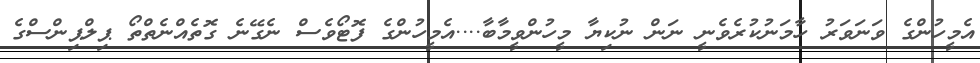
އެމީހުންގެ ވަނަވަރު ހާމަނުކުރެވެނީ ނަން ނުކިޔާ މީހުންވީމާބާ....އެމީހުންގެ ފޮޓޯވެސް ނެގޭނެ ގޮތެއްނެތްތޯ ޕިލްޕިންސްގެ